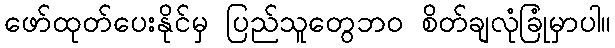
ဖော်ထုတ်ပေးနိုင်မှ ပြည်သူတွေဘဝ စိတ်ချလုံခြုံမှာပါ။